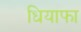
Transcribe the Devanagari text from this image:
धियाफा